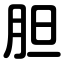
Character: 胆